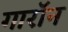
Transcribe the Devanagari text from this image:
गारॉन